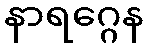
နာရဂ္ဂေန